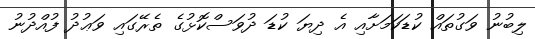
ލިބުނު ވަގުތައް ކުޑަކަމަށާއި އެ ދިޔަ ކުޑަ ދުވަސްކޮޅުގެ ތެރޭގައި ވަޢުދު ފުއްދުނު